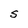
Character: S